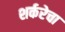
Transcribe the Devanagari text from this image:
शर्करेचा